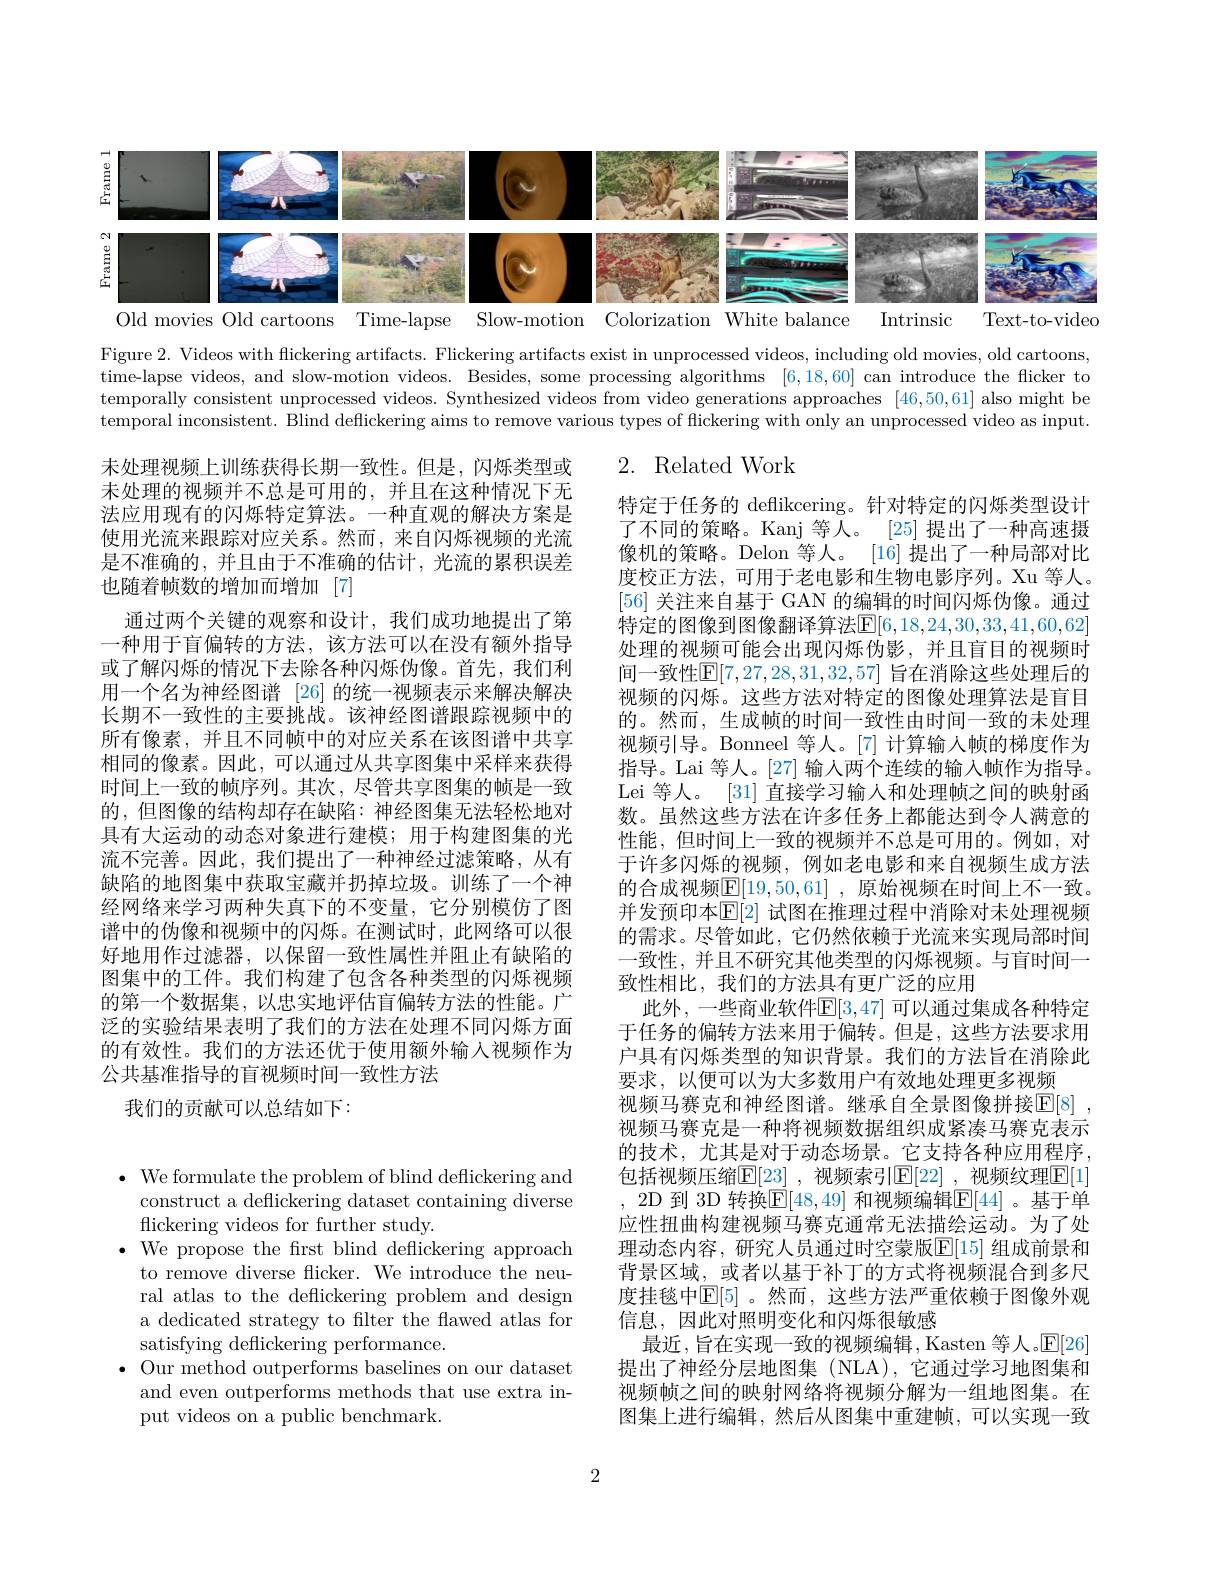
<FigureHere>
Old movies Old cartoons Time-lapse Slow-motion Colorization White balance Intrinsic
Text- to- video

Figure 2. Videos with flickering artifacts. Flickering artifacts exist in unprocessed videos, including old movies, old cartoons, time-lapse videos, and slow-motion videos. Besides, some processing algorithms [6,18,60] can introduce the flicker to temporally consistent unprocessed videos. Synthesized videos from video generations approaches [46,50,61] also might be temporal inconsistent. Blind deflickering aims to remove various types of flickering with only an unprocessed video as input.

2. Related Work

未处理视频上训练获得长期一致性。但是，闪烁类型或未处理的视频并不总是可用的，并且在这种情况下无法应用现有的闪烁特定算法。一种直观的解决方案是使用光流来跟踪对应关系。然而，来自闪烁视频的光流是不准确的，并且由于不准确的估计，光流的累积误差也随着帧数的增加而增加[7]
通过两个关键的观察和设计，我们成功地提出了第一种用于盲偏转的方法，该方法可以在没有额外指导或了解闪烁的情况下去除各种闪烁伪像。首先，我们利用一个名为神经图谱 [26] 的统一视频表示来解决解决长期不一致性的主要挑战。该神经图谱跟踪视频中的所有像素，并且不同帧中的对应关系在该图谱中共享相同的像素。因此，可以通过从共享图集中采样来获得时间上一致的帧序列。其次，尽管共享图集的帧是一致的，但图像的结构却存在缺陷：神经图集无法轻松地对具有大运动的动态对象进行建模；用于构建图集的光流不完善。因此，我们提出了一种神经过滤策略，从有缺陷的地图集中获取宝藏并扔掉垃圾。训练了一个神经网络来学习两种失真下的不变量，它分别模仿了图谱中的伪像和视频中的闪烁。在测试时，此网络可以很好地用作过滤器，以保留一致性属性并阻止有缺陷的图集中的工件。我们构建了包含各种类型的闪烁视频的第一个数据集，以忠实地评估盲偏转方法的性能。广泛的实验结果表明了我们的方法在处理不同闪烁方面的有效性。我们的方法还优于使用额外输入视频作为公共基准指导的盲视频时间一致性方法
我们的贡献可以总结如下：

特定于任务的 deflikcering。针对特定的闪烁类型设计了不同的策略。Kanj 等人。[25] 提出了一种高速摄像机的策略。Delon 等人。[16] 提出了一种局部对比度校正方法，可用于老电影和生物电影序列。Xu 等人。[56]关注来自基于 GAN 的编辑的时间闪烁伪像。通过特定的图像到图像翻译算法$\mathbb{E}[6,18,24,30,33,41,60,62]$ 处理的视频可能会出现闪烁伪影，并且盲目的视频时间一致性$\mathbb{E}[7,27,28,31,32,57]$ 旨在消除这些处理后的视频的闪烁。这些方法对特定的图像处理算法是盲目的。然而，生成帧的时间一致性由时间一致的未处理视频引导。Bonneel 等人。[7] 计算输入帧的梯度作为指导。Lai 等人。[27] 输入两个连续的输入帧作为指导。Lei 等人。[31] 直接学习输入和处理帧之间的映射函数。虽然这些方法在许多任务上都能达到令人满意的性能，但时间上一致的视频并不总是可用的。例如，对于许多闪烁的视频，例如老电影和来自视频生成方法的合成视频$\mathbb{E} [ 19, 50, 61]$ , 原始视频在时间上不一致。并发预印本$\mathbb{E}[2]$ 试图在推理过程中消除对未处理视频的需求。尽管如此，它仍然依赖于光流来实现局部时间一致性，并且不研究其他类型的闪烁视频。与盲时间一致性相比，我们的方法具有更广泛的应用
此外，一些商业软件$\mathbb{E}[3,47]$ 可以通过集成各种特定于任务的偏转方法来用于偏转。但是，这些方法要求用户具有闪烁类型的知识背景。我们的方法旨在消除此要求，以便可以为大多数用户有效地处理更多视频
视频马赛克和神经图谱。继承自全景图像拼接$\mathbb{E}[8]$ 视频马赛克是一种将视频数据组织成紧凑马赛克表示的技术，尤其是对于动态场景。它支持各种应用程序， 包括视频压缩$\mathbb{E}[23]$ ,视频索引$\mathbb{E}[22]$ ,视频纹理$\mathbb{E}[1]$ 2D 到 3D 转换$\mathrm\overline{\mathrm{E}}[48,49]$ 和视频编辑E[44]。基于单应性扭曲构建视频马赛克通常无法描绘运动。为了处理动态内容，研究人员通过时空蒙版$\mathbb{E}[15]$ 组成前景和背景区域，或者以基于补丁的方式将视频混合到多尺度挂毯中$\mathbb{E}[5]$ 。然而，这些方法严重依赖于图像外观信息，因此对照明变化和闪烁很敏感
最近，旨在实现一致的视频编辑，Kasten 等人。$\mathbb{E}[26]$ 提出了神经分层地图集(NLA),它通过学习地图集和视频帧之间的映射网络将视频分解为一组地图集。在图集上进行编辑，然后从图集中重建帧，可以实现一致

$\bullet$ We formulate the problem of blind deflickering and
construct a deflickering dataset containing diverse
flickering videos for further study.
$\bullet$ We propose the frst blind deflickering approach
to remove diverse flicker. We introduce the neural atlas to the deflickering problem and design a dedicated strategy to filter the flawed atlas for satisfying deflickering performance.
$\bullet$ Our method outperforms baselines on our dataset
and even outperforms methods that use extra in-
put videos on a public benchmark.

2